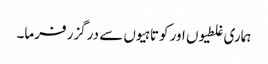
ہماری غلطیوں اور کوتاہیوں سے درگزر فرما۔